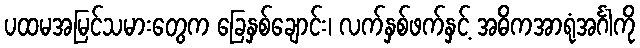
ပထမအမြင်သမားတွေက ခြေနှစ်ချောင်း၊ လက်နှစ်ဖက်နှင့် အဓိကအာရုံအင်္ဂါကို